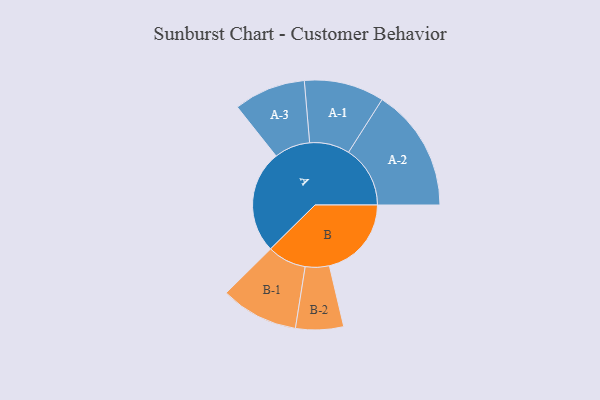
{"axis": {"x": "Segment", "y": "Value"}, "legend": ["", "A", "B"], "data": [{"x": "A", "y": 448, "type": ""}, {"x": "B", "y": 357, "type": ""}, {"x": "A-1", "y": 174, "type": "A"}, {"x": "A-2", "y": 268, "type": "A"}, {"x": "A-3", "y": 156, "type": "A"}, {"x": "B-1", "y": 169, "type": "B"}, {"x": "B-2", "y": 104, "type": "B"}]}